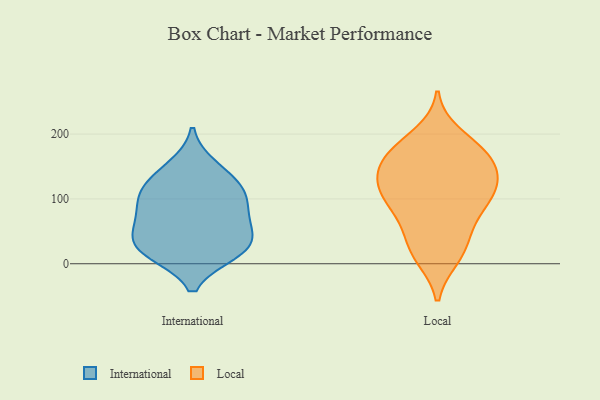
{"axis": {"x": "Energy Usage (MWh)", "y": "Value"}, "legend": ["International", "Local"], "data": [{"x": "", "y": 28, "type": "International"}, {"x": "", "y": 22, "type": "International"}, {"x": "", "y": 106, "type": "International"}, {"x": "", "y": 22, "type": "International"}, {"x": "", "y": 111, "type": "International"}, {"x": "", "y": 51, "type": "International"}, {"x": "", "y": 68, "type": "International"}, {"x": "", "y": 131, "type": "International"}, {"x": "", "y": 150, "type": "International"}, {"x": "", "y": 17, "type": "International"}, {"x": "", "y": 100, "type": "International"}, {"x": "", "y": 69, "type": "International"}, {"x": "", "y": 112, "type": "Local"}, {"x": "", "y": 199, "type": "Local"}, {"x": "", "y": 29, "type": "Local"}, {"x": "", "y": 157, "type": "Local"}, {"x": "", "y": 159, "type": "Local"}, {"x": "", "y": 71, "type": "Local"}, {"x": "", "y": 152, "type": "Local"}, {"x": "", "y": 164, "type": "Local"}, {"x": "", "y": 116, "type": "Local"}, {"x": "", "y": 41, "type": "Local"}, {"x": "", "y": 178, "type": "Local"}, {"x": "", "y": 129, "type": "Local"}, {"x": "", "y": 132, "type": "Local"}, {"x": "", "y": 96, "type": "Local"}, {"x": "", "y": 181, "type": "Local"}, {"x": "", "y": 11, "type": "Local"}, {"x": "", "y": 10, "type": "Local"}, {"x": "", "y": 102, "type": "Local"}, {"x": "", "y": 71, "type": "Local"}, {"x": "", "y": 109, "type": "Local"}]}